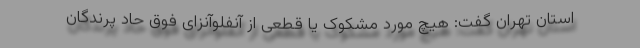
استان تهران گفت: هیچ مورد مشکوک یا قطعی از آنفلوآنزای فوق حاد پرندگان